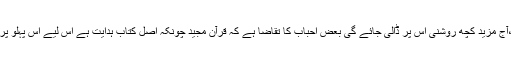
اس سلسلہ میں کافی تفصیلات گزشتہ روز کے پیغام میں بیان کی گئی تھی،آج مزید کچھ روشنی اس پر ڈالی جائے گی بعض احباب کا تقاضا ہے کہ قرآن مجید چونکہ اصل کتاب ہدایت ہے اس لیے اس پہلو پر مزید روشنی ڈالی جائے حکم کی تعمیل میں دوسری قسط بھی حاضر ہے۔